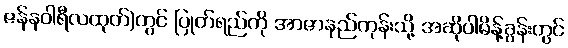
ဇန်နဝါရီလထုတ်)တွင် ပြုတ်ရည်ကို အာဇာနည်ကုန်းသို့ အဆိုပါမိန့်ခွန်းတွင်